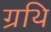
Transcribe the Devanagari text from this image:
ग्रथि